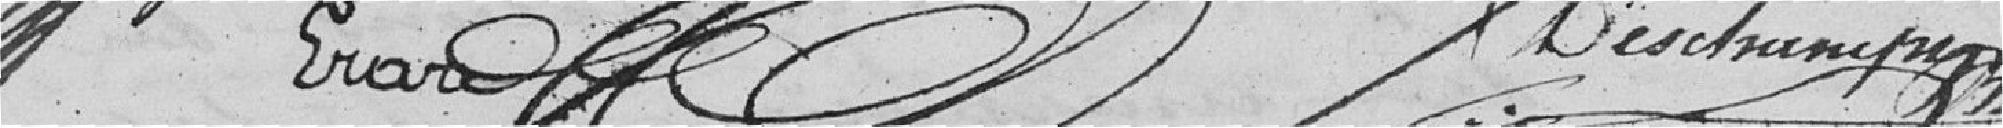
ERARD      DESCHAMPS